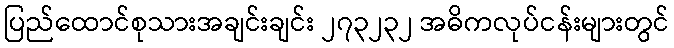
ပြည်ထောင်စုသားအချင်းချင်း ၂၇၃၂၃၂ အဓိကလုပ်ငန်းများတွင်